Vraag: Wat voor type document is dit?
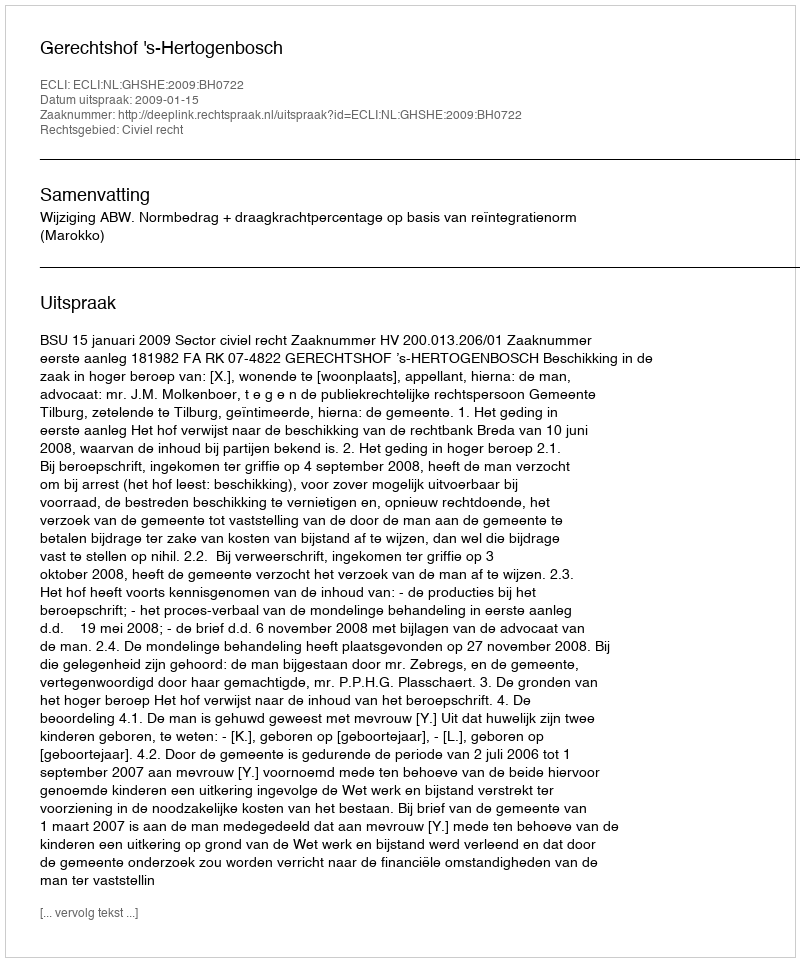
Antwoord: Uitspraak